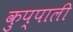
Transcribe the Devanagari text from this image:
कुप्पाली